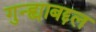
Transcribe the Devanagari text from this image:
गुन्ह्याबद्दल